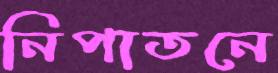
নিপাতনে